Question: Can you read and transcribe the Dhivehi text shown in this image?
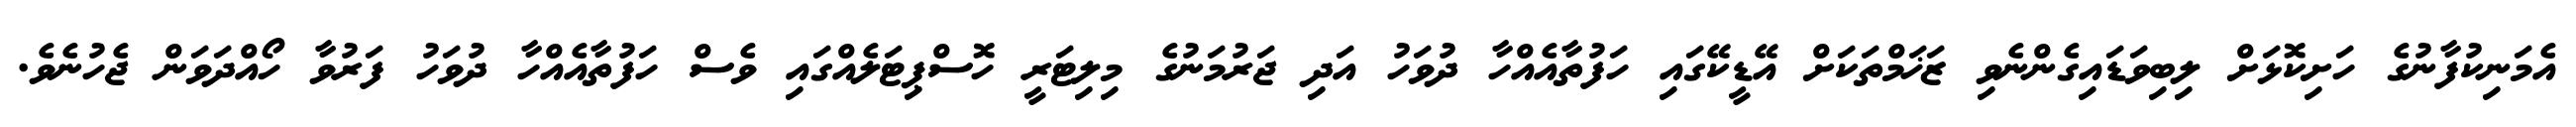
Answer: އެމަނިކުފާނުގެ ހަށިކޮޅަށް ލިބިވަޑައިގެންނެވި ޒަޚަމްތަކަށް އޭޑީކޭގައި ހަފުތާއެއްހާ ދުވަހު އަދި ޖަރުމަނުގެ މިލިޓަރީ ހޮސްޕިޓަލެއްގައި ވެސް ހަފުތާއެއްހާ ދުވަހު ފަރުވާ ހޯއްދަވަން ޖެހުނެވެ.